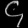
Digit: ၄